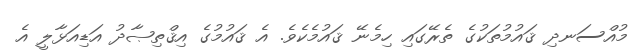
މުއްސަނދި ޤައުމުތަކުގެ ތެރޭގައި ހިމެނޭ ޤައުމެކެވެ. އެ ޤައުމުގެ އިޤްތިޞާދު އަޑިއަޅާލީ އެ